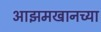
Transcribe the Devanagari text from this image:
आझमखानच्या